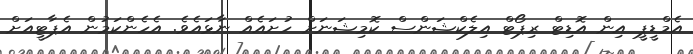
އެމްޑީޕީ އިން އޮޑިޓް ރިޕޯޓް އިލެކްޝަންސް ކޮމިޝަނަށް ހުށައެއް ނާޅައެވެ. އެހެންކަމުން އެޕާޓީއަށް